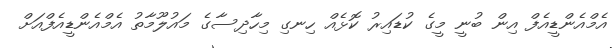
އެމްއެންޑީއެފް އިން ބުނީ މީގެ ކުޑައިރު ކޮޅެއް ހިނގި މިހާދިސާގެ މައުލޫމާތު އެމްއެންޑީއެފްއަށް